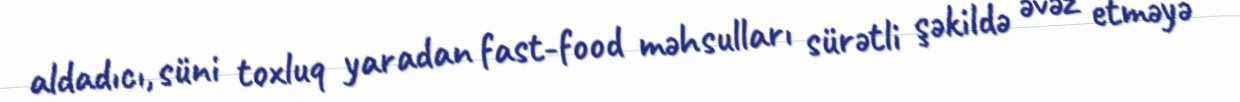
aldadıcı, süni toxluq yaradan fast-food məhsulları sürətli şəkildə əvəz etməyə